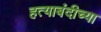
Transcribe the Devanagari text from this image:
हत्याबंदीच्या